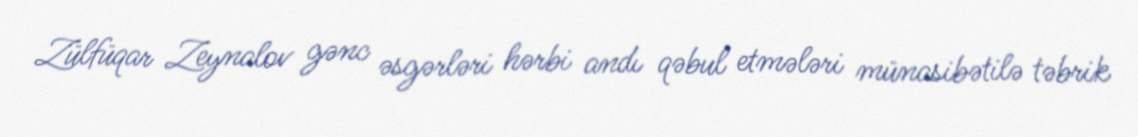
Zülfüqar Zeynalov gənc əsgərləri hərbi andı qəbul etmələri münasibətilə təbrik